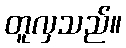
တူလှသည်။